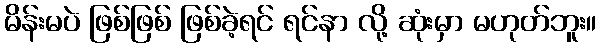
မိန်းမပဲ ဖြစ်ဖြစ် ဖြစ်ခဲ့ရင် ရင်နာ လို့ ဆုံးမှာ မဟုတ်ဘူး။